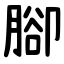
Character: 腳